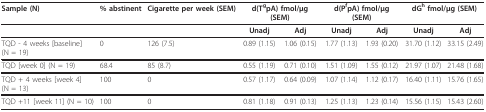
| Sample (N) | % abstinent | Cigarette per week (SEM) | <COLSPAN=2> d(TgpA) fmol/μg (SEM) | <COLSPAN=2> d(PfpA) fmol/μg (SEM) | <COLSPAN=2> dGh fmol/μg (SEM) |
 | --- | --- | --- | --- | --- | --- | --- | --- | --- |
 |  |  |  | Unadj | Adj | Unadj | Adj | Unadj | Adj |
 | TQD - 4 weeks [baseline] (N = 19) | 0 | 126 (7.5) | 0.89 (1.15) | 1.06 (0.15) | 1.77 (1.13) | 1.93 (0.20) | 31.70 (1.12) | 33.15 (2.49) |
 | TQD [week 0] (N = 19) | 68.4 | 85 (8.7) | 0.55 (1.19) | 0.71 (0.10) | 1.51 (1.09) | 1.55 (0.12) | 21.97 (1.07) | 21.48 (1.68) |
 | TQD + 4 weeks [week 4] (N = 13) | 100 | 0 | 0.57 (1.17) | 0.64 (0.09) | 1.07 (1.14) | 1.12 (0.17) | 16.40 (1.11) | 15.76 (1.65) |
 | TQD +11 [week 11] (N = 10) | 100 | 0 | 0.81 (1.18) | 0.91 (0.13) | 1.25 (1.13) | 1.23 (0.14) | 15.56 (1.15) | 15.43 (2.60) |